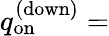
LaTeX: q_{\mathrm{on}}^{\mathrm{(down)}}=